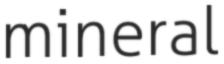
mineral